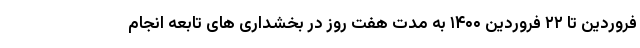
فروردین تا ۲۲ فروردین ۱۴۰۰ به مدت هفت روز در بخشداری های تابعه انجام